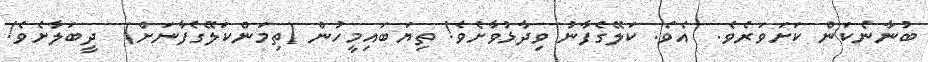
ބުނާނެކަން ކަށަވަރެވެ.  އެވެ. ކަލޭގެފާނު ވިދާޅުވާށެވެ! ތިޔަބައިމީހުން (ތިމަންކަލޭގެފާނަށް)  ދީބަލާށެވެ!